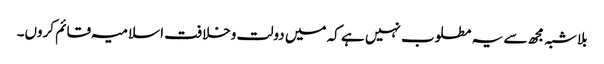
بلاشبہ مجھ سے یہ مطلوب نہیں ہے کہ میں دولت وخلافت اسلامیہ قائم کروں۔